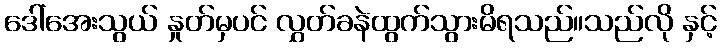
ဒေါ်အေးသွယ် နှုတ်မှပင် လွှတ်ခနဲထွက်သွားမိရသည်။သည်လို နှင့်